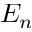
E _ { n }